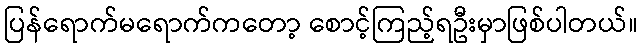
ပြန်ရောက်မရောက်ကတော့ စောင့်ကြည့်ရဦးမှာဖြစ်ပါတယ်။